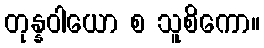
တုန္နဝါယော စ သူစိကော။